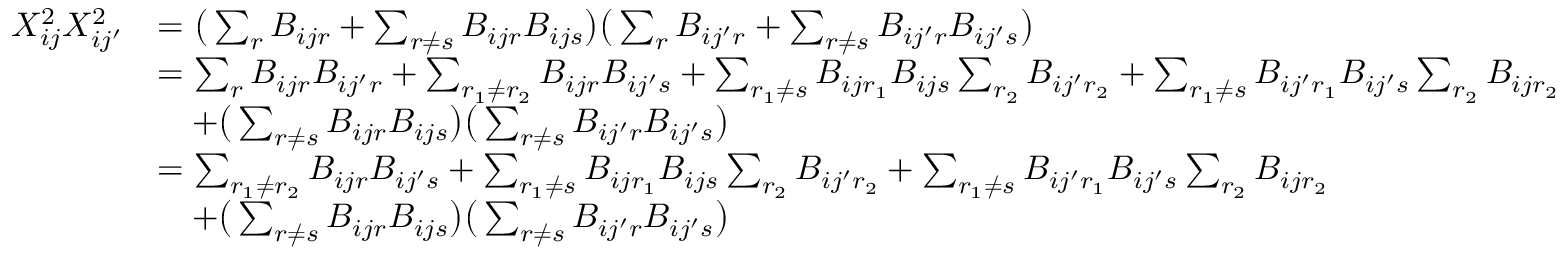
\begin{array} { r l } { X _ { i j } ^ { 2 } X _ { i j ^ { \prime } } ^ { 2 } } & { = \big ( \sum _ { r } B _ { i j r } + \sum _ { r \neq s } B _ { i j r } B _ { i j s } \big ) \big ( \sum _ { r } B _ { i j ^ { \prime } r } + \sum _ { r \neq s } B _ { i j ^ { \prime } r } B _ { i j ^ { \prime } s } \big ) } \\ & { = \sum _ { r } B _ { i j r } B _ { i j ^ { \prime } r } + \sum _ { r _ { 1 } \neq r _ { 2 } } B _ { i j r } B _ { i j ^ { \prime } s } + \sum _ { r _ { 1 } \neq s } B _ { i j r _ { 1 } } B _ { i j s } \sum _ { r _ { 2 } } B _ { i j ^ { \prime } r _ { 2 } } + \sum _ { r _ { 1 } \neq s } B _ { i j ^ { \prime } r _ { 1 } } B _ { i j ^ { \prime } s } \sum _ { r _ { 2 } } B _ { i j r _ { 2 } } } \\ & { \quad + \big ( \sum _ { r \neq s } B _ { i j r } B _ { i j s } \big ) \big ( \sum _ { r \neq s } B _ { i j ^ { \prime } r } B _ { i j ^ { \prime } s } \big ) } \\ & { = \sum _ { r _ { 1 } \neq r _ { 2 } } B _ { i j r } B _ { i j ^ { \prime } s } + \sum _ { r _ { 1 } \neq s } B _ { i j r _ { 1 } } B _ { i j s } \sum _ { r _ { 2 } } B _ { i j ^ { \prime } r _ { 2 } } + \sum _ { r _ { 1 } \neq s } B _ { i j ^ { \prime } r _ { 1 } } B _ { i j ^ { \prime } s } \sum _ { r _ { 2 } } B _ { i j r _ { 2 } } } \\ & { \quad + \big ( \sum _ { r \neq s } B _ { i j r } B _ { i j s } \big ) \big ( \sum _ { r \neq s } B _ { i j ^ { \prime } r } B _ { i j ^ { \prime } s } \big ) } \end{array}